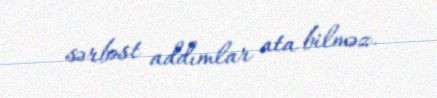
sərbəst addımlar ata bilməz.